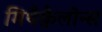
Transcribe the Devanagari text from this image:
मिथैक्वैलोन्स